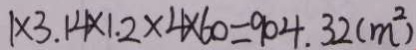
1 \times 3 . 1 4 \times 1 . 2 \times 4 \times 6 0 = 9 0 4 . 3 2 ( m ^ { 2 } )